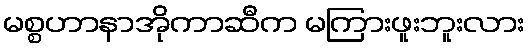
မစ္စဟာနာအိုကာဆီက မကြားဖူးဘူးလား